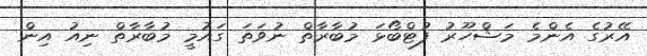
އޭރުގެ އެންމެ މަޝްހޫރު ފުޓްބޯޅަ މުބާރާތް ނުވަތަ ގައުމީ މުބާރާތް ނިއު އިން